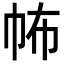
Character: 𢁻